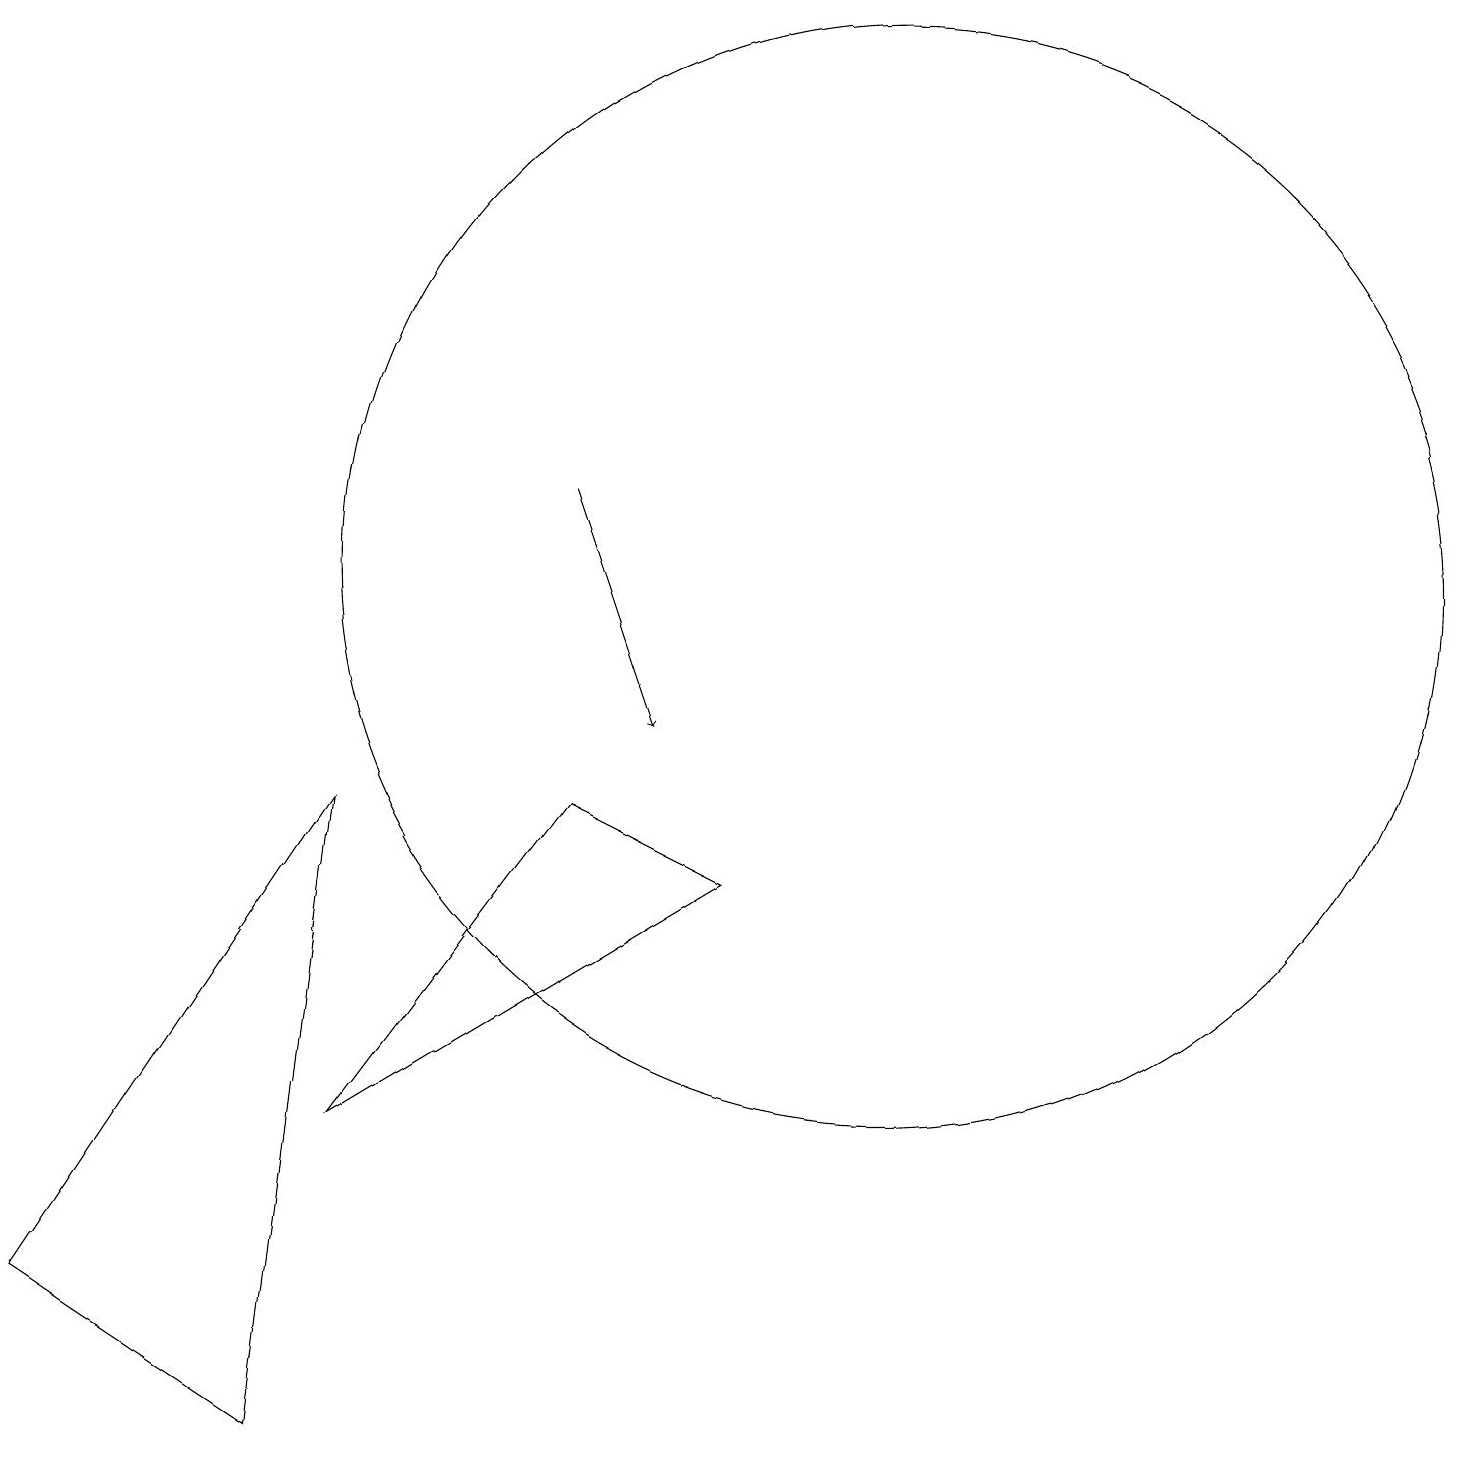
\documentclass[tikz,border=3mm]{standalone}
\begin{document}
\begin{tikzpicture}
\draw (7,9) -- (4,5) -- (9,8) -- cycle;
\draw (3,1) -- (0,3) -- (4,9) -- cycle;
\draw (11,12) circle (7);
\draw[->] (7,13) -- (8,10);
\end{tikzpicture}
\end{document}